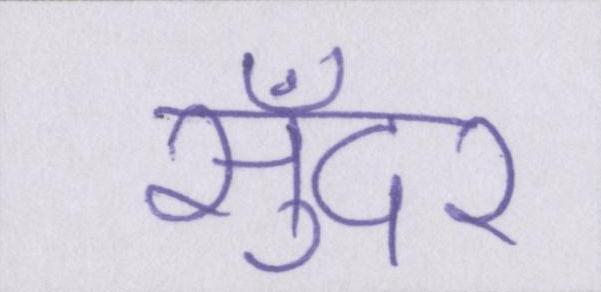
सुँदर